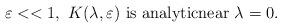
LaTeX: \begin{align*}\varepsilon<<1,\ K(\lambda,\varepsilon)\ \text{is analyticnear\ }\lambda=0. \end{align*}